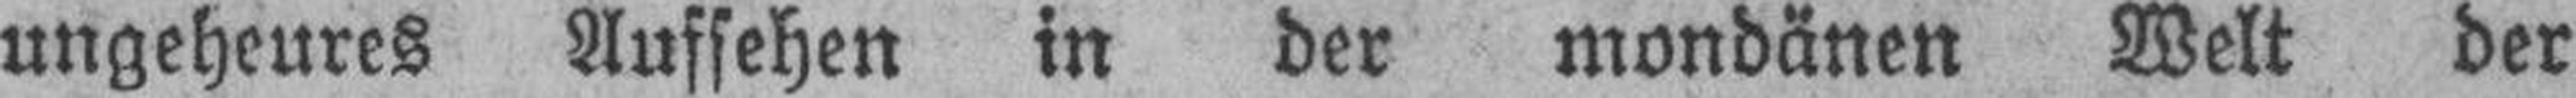
ungeheures Aufsehen in der mondänen Welt der